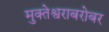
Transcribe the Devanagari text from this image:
मुक्तेश्वराबरोबर